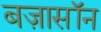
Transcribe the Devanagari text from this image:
बज़ासॉन